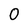
Character: 0